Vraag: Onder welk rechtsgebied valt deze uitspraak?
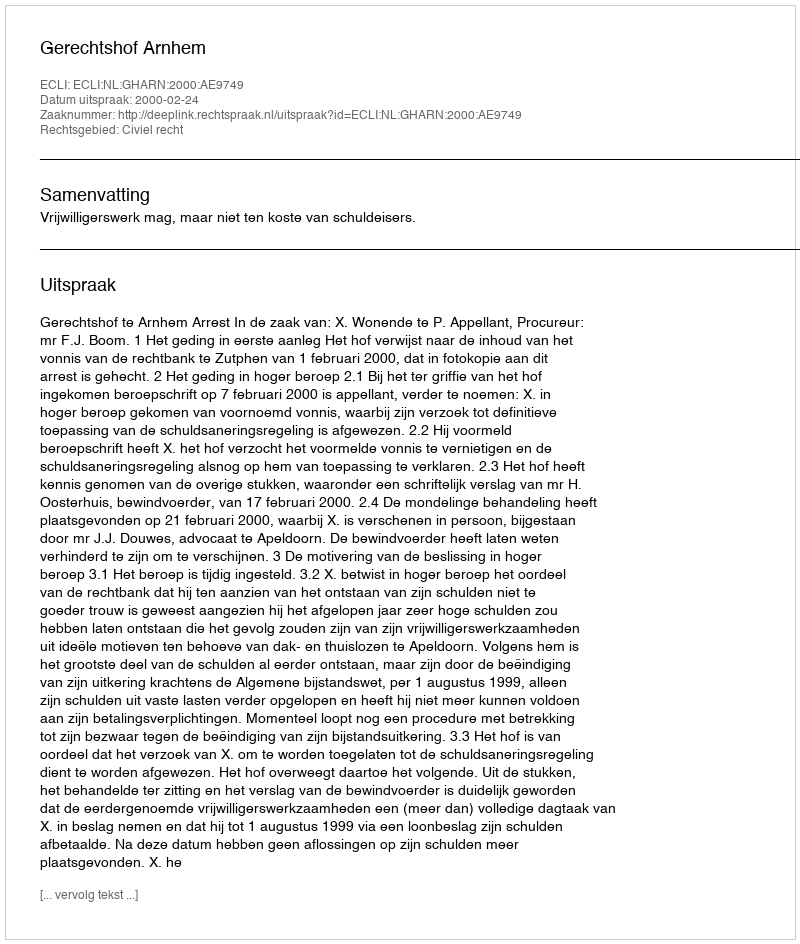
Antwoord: Civiel recht